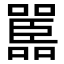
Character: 嚚